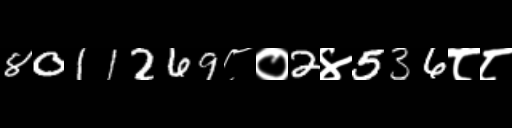
Text: 8011269८०2४536८८